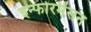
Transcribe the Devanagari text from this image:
इन्फोरमेंसन